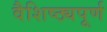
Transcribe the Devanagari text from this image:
वैशिष्ठ्यपूर्ण